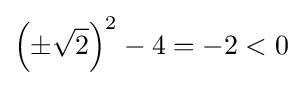
\left(\pm {\sqrt {2}}\right)^{2}-4=-2<0